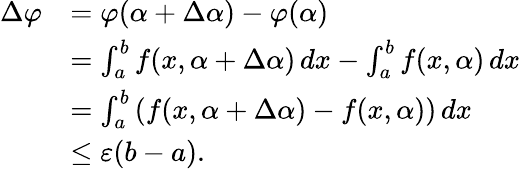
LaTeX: {\begin{array}{rl}{\Delta\varphi}&{=\varphi(\alpha+\Delta\alpha)-\varphi(\alpha)}\\ &{=\int_{a}^{b}f(x,\alpha+\Delta\alpha)\, dx-\int_{a}^{b}f(x,\alpha)\, dx}\\ &{=\int_{a}^{b}\left(f(x,\alpha+\Delta\alpha)-f(x,\alpha)\right)\, dx}\\ &{\leq\varepsilon(b-a).}\end{array}}